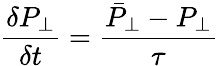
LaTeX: \frac{\delta P_{\perp}}{\delta t}=\frac{\bar{P}_{\perp}-P_{\perp}}{\tau}